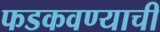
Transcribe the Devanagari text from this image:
फडकवण्याची